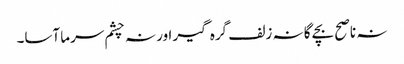
نہ ناصح بچے گا نہ زلف گرہ گیر اور نہ چشم سرما آسا۔